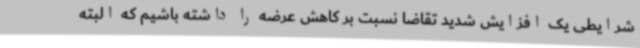
شرایطی یک افزایش شدید تقاضا نسبت بر کاهش عرضه را داشته باشیم که البته